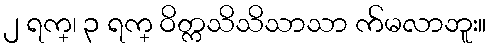
၂ ရက္၊ ၃ ရက္ ဝိတ္ကသိသိသာသာ က်မလာဘူး။